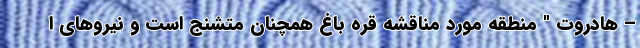
– هادروت " منطقه مورد مناقشه قره باغ همچنان متشنج است و نیروهای ا